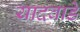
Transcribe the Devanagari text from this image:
यादवाडे